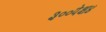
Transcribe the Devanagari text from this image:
३००पेक्ष४